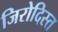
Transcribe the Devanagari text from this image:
जिरोदिस्त